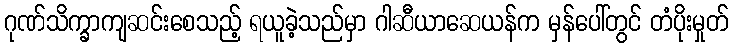
ဂုဏ်သိက္ခာကျဆင်းစေသည့် ရယူခဲ့သည်မှာ ဂါဆီယာဆေယန်က မှန်ပေါ်တွင် တံပိုးမှုတ်